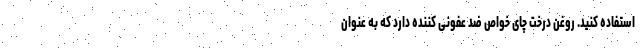
استفاده کنید. روغن درخت چای خواص ضد عفونی کننده دارد که به عنوان